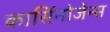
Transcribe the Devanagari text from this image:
कार्सिनोजेन्स